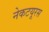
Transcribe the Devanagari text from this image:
नेकटयूरस